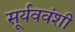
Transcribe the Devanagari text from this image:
सूर्यववंशी